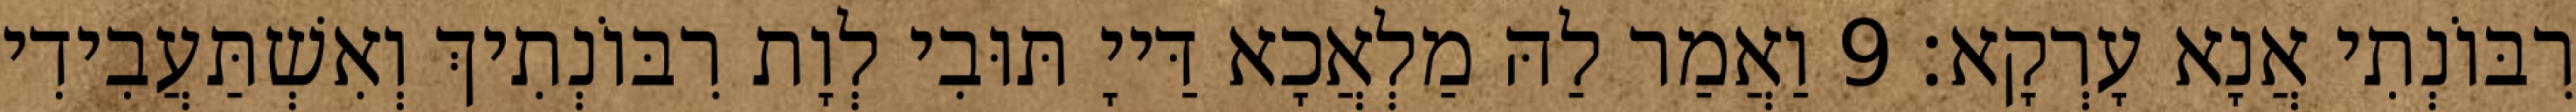
רִבּוֹנְתִי אֲנָא עָרְקָא׃ 9 וַאֲמַר לַהּ מַלְאֲכָא דַּייָ תּוּבִי לְוָת רִבּוֹנְתִיךְ וְאִשְׁתַּעֲבִידִי